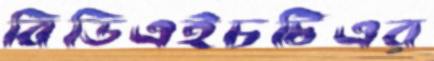
বিডিএইচটিএর